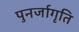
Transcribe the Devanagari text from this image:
पुनर्जागृति